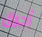
أحرق